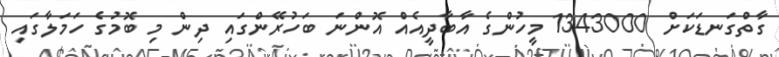
ގާތްގަނޑަކަށް 1343000 މީހުންގެ އާބާދީއެއް އޮންނަ ބަހުރޭންގައި ދިން މި ބޮމުގެ ހަމަލާގައި